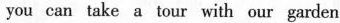
you can take a tour with our garden